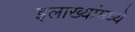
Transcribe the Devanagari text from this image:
इलाख्यांमध्ये